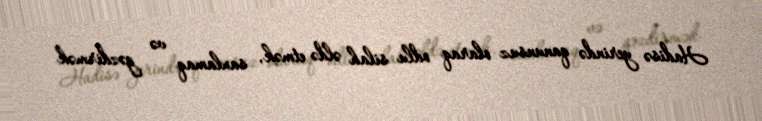
Hadisə yerində qanunsuz olaraq odlu silah əldə etmək, saxlamaq və gəzdirmək